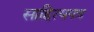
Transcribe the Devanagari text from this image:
साहित्यपत्र